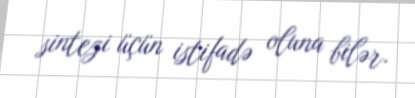
sintezi üçün istifadə oluna bilər.